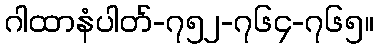
ဂါထာနံပါတ်-၇၅၂-၇၆၄-၇၆၅။